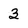
Character: 3